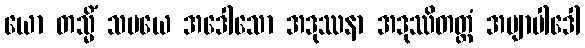
ယော တသ္မိံ သမယေ အဒေါသော အဒုဿနာ အဒုဿိတတ္တံ အဗျာပါဒေါ